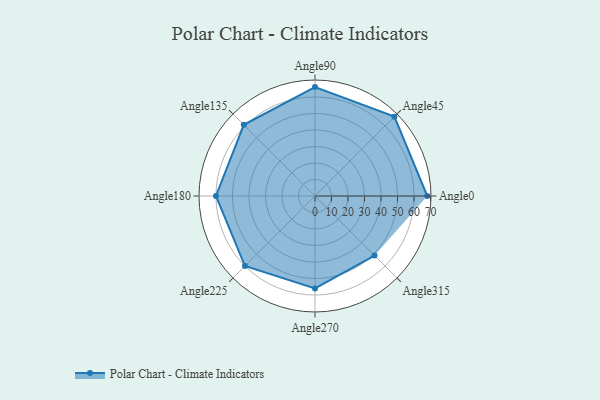
{"axis": {"x": "Angle", "y": "Radius"}, "legend": [""], "data": [{"x": "Angle0", "y": 68.0, "type": ""}, {"x": "Angle45", "y": 68.0, "type": ""}, {"x": "Angle90", "y": 66.0, "type": ""}, {"x": "Angle135", "y": 61.0, "type": ""}, {"x": "Angle180", "y": 60.0, "type": ""}, {"x": "Angle225", "y": 60.0, "type": ""}, {"x": "Angle270", "y": 56.0, "type": ""}, {"x": "Angle315", "y": 51.0, "type": ""}]}